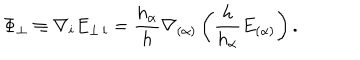
\Phi _ { \perp } \equiv \nabla _ { i } E _ { \perp \, i } = \frac { h _ { \alpha } } { h } \nabla _ { ( \alpha ) } \left( \frac { h } { h _ { \alpha } } E _ { ( \alpha ) } \right) .